Report of the Indian Hemp Drugs Commission, 1894-1895 - Volume III
Year: 1894
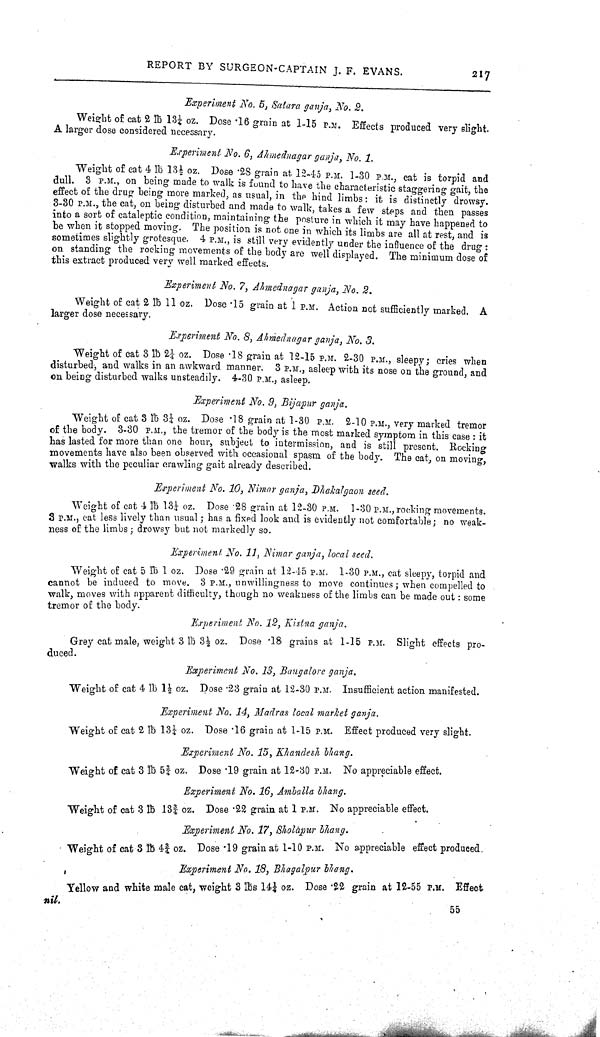
REPORT BY SURGEON-CAPTAIN J. F. EVANS.
217
Experiment No. 5, Satara ganja, No. 2.
Weight of cat 2 lb 131/4 oz. Dose .16 grain at 1-15 P.M. Effects produced very slight.
A larger dose considered necessary.
Experiment No. 6, Ahmednagar ganja, No. 1.
Weight of cat 4 lb 131/2 oz. Dose .28 grain at 12-45 P.M. 1-30 P.M., cat is torpid and
dull. 3 P.M., on being made to walk is found to have the characteristic staggering gait, the
effect of the drug being more marked, as usual, in the hind limbs: it is distinctly drowsy.
3-30 P.M., the cat, on being disturbed and made to walk, takes a few steps and then passes
into a sort of cataleptic condition, maintaining the posture in which it may have happened to
be when it stopped moving. The position is not one in which its limbs are all at rest, and is
sometimes slightly grotesque. 4 P.M., is still very evidently under the influence of the drug:
on standing the rocking movements of the body are well displayed. The minimum dose of
this extract produced very well marked effects.
Experiment No. 7, Ahmednagar ganja, No. 2.
Weight of cat 2 lb 11 oz. Dose .15 grain at 1 P.M. Action not sufficiently marked. A
larger dose necessary.
Experiment No. 8, Ahmednagar ganja, No. 3.
Weight of cat 3 lb 21/4 oz. Dose .18 grain at 12-15 P.M. 2-30 P.M., sleepy; cries when
disturbed, and walks in an awkward manner. 3 P.M., asleep with its nose on the ground, and
on being disturbed walks unsteadily. 4-30 P.M., asleep.
Experiment No. 9, Bijapur ganja.
Weight of cat 3 lb 31/4 oz. Dose .18 grain at 1-30 P.M. 2-10 P.M., very marked tremor
of the body. 3-30 P.M., the tremor of the body is the most marked symptom in this case : it
has lasted for more than one hour, subject to intermission, and is still present. Rocking
movements have also been observed with occasional spasm of the body. The cat, on moving,
walks with the peculiar crawling gait already described.
Experiment No. 10, Nimar ganja, Dhakalgaon seed.
Weight of cat 4 lb 131/4 oz. Dose .28 grain at 12-30 P.M. 1-30 P.M., rocking movements.
3 P.M., cat less lively than usual; has a fixed look and is evidently not comfortable; no weak-
ness of the limbs; drowsy but not markedly so.
Experiment. No. 11, Nimar ganja, local seed.
Weight of cat 5 lb 1 oz. Dose .29 grain at 12-45 P.M. 1-30 P.M., cat sleepy, torpid and
cannot be induced to move. 3 P.M., unwillingness to move continues; when compelled to
walk, moves with apparent difficulty, though no weakness of the limbs can be made out : some
tremor of the body.
Experiment No. 12, Kistna ganja.
Grey cat male, weight 3 lb 31/2 oz. Dose .18 grains at 1-15 P.M. Slight effects pro-
duced.
Experiment No. 13, Bangalore ganja.
Weight of cat 4 lb 11/2 oz. Dose .23 grain at 12-30 P.M. Insufficient action manifested.
Experiment No. 14, Madras local market ganja.
Weight of cat 2 lb 131/4 oz. Dose .16 grain at 1-15 P.M. Effect produced very slight.
Experiment No. 15, Khandesh bhang.
Weight of cat 3 lb 53/4 oz. Dose .19 grain at 12-30 P.M. No appreciable effect.
Experiment No. 16, Amballa bhang.
Weight of cat 3 lb 133/4 oz. Dose .22 grain at 1 P.M. No appreciable effect.
Experiment No. 17, Sholapur bhang.
Weight of cat 3 lb 43/4 oz. Dose .19 grain at 1-10 P.M. No appreciable effect produced.
Experiment No. 18, Bhagalpur bhang.
Yellow and white male cat, weight 3 lbs 141/4 oz. Dose .22 grain at 12-55 P.M. Effect
nil.
55